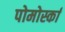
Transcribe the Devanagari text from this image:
पोमोर्स्का